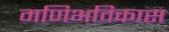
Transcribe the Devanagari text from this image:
मणिभविकास